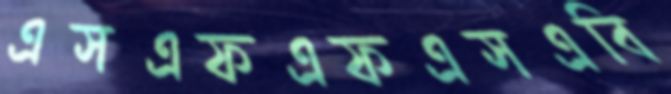
এসএফএফএসএবি